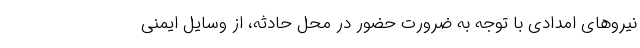
نیروهای امدادی با توجه به ضرورت حضور در محل حادثه، از وسایل ایمنی